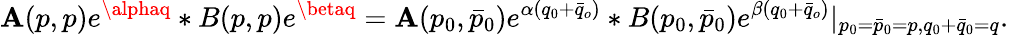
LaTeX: \mathbf{A}(p,p)e^{\alphaq}*B(p,p)e^{\betaq}=\mathbf{A}(p_{0},\bar{{p}}_{0})e^{\alpha(q_{0}+\bar{{q}}_{o})}*B(p_{0},\bar{{p}}_{0})e^{\beta(q_{0}+\bar{{q}}_{o})}|_{p_{0}=\bar{{p}}_{0}=p,q_{0}+\bar{{q}}_{0}=q}.